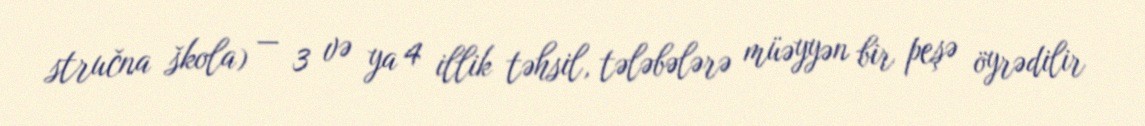
stručna škola) — 3 və ya 4 illik təhsil, tələbələrə müəyyən bir peşə öyrədilir